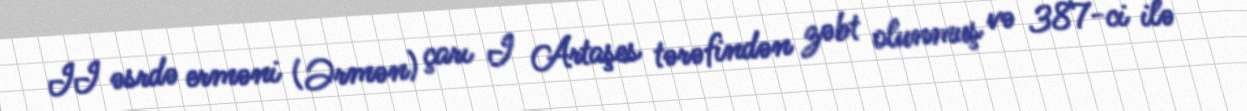
II əsrdə erməni (Ərmən) çarı I Artaşes tərəfindən zəbt olunmuş və 387-ci ilə